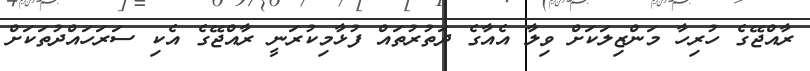
ރާއްޖޭގެ ހުރިހާ މަންޒިލަކަށް ވިލާ އެއާގެ ދަތުރުތައް ފުޅާމިކުރަނީ ރާއްޖޭގެ އެކި ސަރަހައްދުތަކަށް